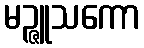
မဉ္ဇူသကော